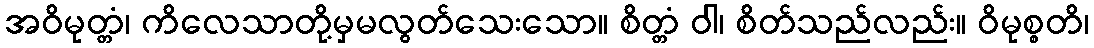
အဝိမုတ္တံ၊ ကိလေသာတို့မှမလွတ်သေးသော။ စိတ္တံ ဝါ၊ စိတ်သည်လည်း။ ဝိမုစ္စတိ၊